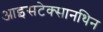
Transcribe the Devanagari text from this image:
आइसटेक्सानथिन